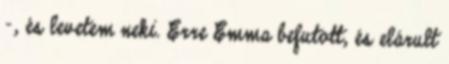
-, és levetem neki. Erre Emma befutott, és elárult